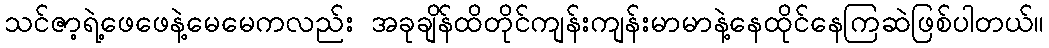
သင်ဇာ့ရဲ့ဖေဖေနဲ့မေမေကလည်း အခုချိန်ထိတိုင်ကျန်းကျန်းမာမာနဲ့နေထိုင်နေကြဆဲဖြစ်ပါတယ်။